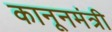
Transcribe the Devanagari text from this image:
कानूनमंत्री